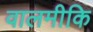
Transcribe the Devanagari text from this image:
वालमीकि